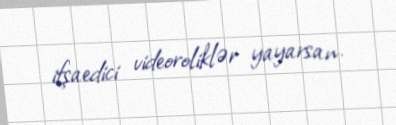
ifşaedici videoroliklər yayarsan.